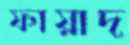
ফায়াদ